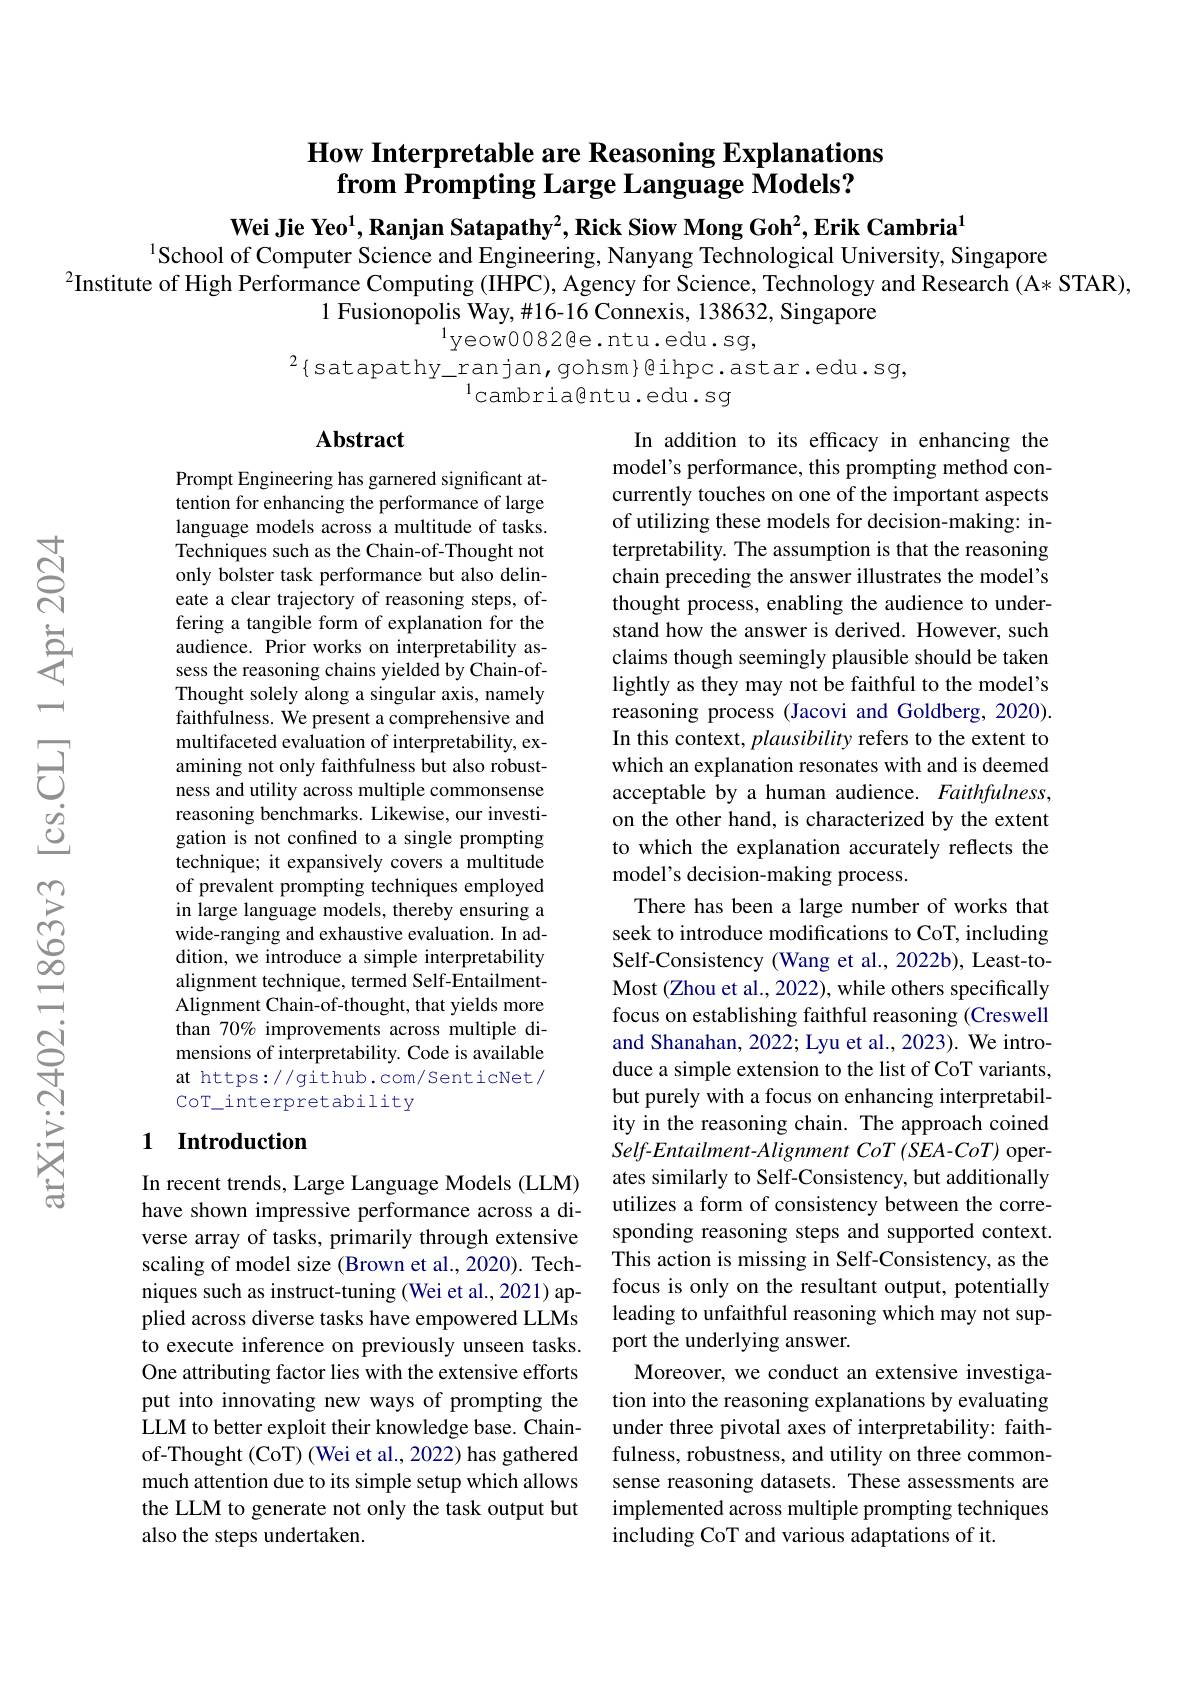
## How Interpretable are Reasoning Explanations $\dot{\textbf{from Prompting Large Language Models?}}$

Wei Jie Yeo$^1$,Ranjan Satapathy$^2$,Rick Siow Mong Goh$^2$,Erik Cambria$^1$
$^{1}$School of Computer Science and Engineering, Nanyang Technological University, Singapore
$^{2}$Institute of High Performance Computing (IIHPC), Agency for Science, Technology and Research (A* STAR),
1 Fusionopolis Way, #16 Connexis, 138632, Singapore
$^{1}$yeow0082@e.ntu.edu.sg,

$^{2}\{$satapathy\_ranjan, gohsm}@ihpc.astar.edu.sg,
$^{1}$cambria@ntu.edu.sg

## Abstract

Prompt Engineering has garnered significant attention for enhancing the performance of large language models across a multitude of tasks. Techniques such as the Chain-of-Thought not only bolster task performance but also delineate a clear trajectory of reasoning steps, offering a tangible form of explanation for the audience. Prior works on interpretability assess the reasoning chains yielded by Chain-ofThought solely along a singular axis, namely faithfulness. We present a comprehensive and multifaceted evaluation of interpretability, examining not only faithfulness but also robustness and utility across multiple commonsense reasoning benchmarks. Likewise, our investigation is not confined to a single prompting technique; it expansively covers a multitude of prevalent prompting techniques employed in large language models, thereby ensuring a wide-ranging and exhaustive evaluation. In addition, we introduce a simple interpretability alignment technique, termed Self-EntailmentAlignment Chain-of-thought, that yields more than 70% improvements across multiple dimensions of interpretability. Code is available at https://github.com/SenticNet/ CoT\_interpretability

In addition to its effcacy in enhancing the model's performance, this prompting method concurrently touches on one of the important aspects of utilizing these models for decision-making: interpretability. The assumption is that the reasoning chain preceding the answer illustrates the model's thought process, enabling the audience to understand how the answer is derived. However, such claims though seemingly plausible should be taken lightly as they may not be faithful to the model's reasoning process (Jacovi and Goldberg, 2020). In this context, plausibility refers to the extent to which an explanation resonates with and is deemed acceptable by a human audience. Faithfulness, on the other hand, is characterized by the extent to which the explanation accurately reflects the model's decision-making process.
There has been a large number of works that seek to introduce modifications to CoT, including Self-Consistency (Wang et al., 2022b), Least-toMost (Zhou et al., 2022), while others specifically focus on establishing faithful reasoning (Creswell and Shanahan, 2022; Lyu et al., 2023). We introduce a simple extension to the list of CoT variants, but purely with a focus on enhancing interpretability in the reasoning chain. The approach coined Self-Entailment-Alignment CoT (SEA-CoT) operates similarly to Self-Consistency, but additionally utilizes a form of consistency between the corresponding reasoning steps and supported context. This action is missing in Self-Consistency, as the focus is only on the resultant output, potentially leading to unfaithful reasoning which may not support the underlying answer.
Moreover, we conduct an extensive investigation into the reasoning explanations by evaluating under three pivotal axes of interpretability: faithfulness, robustness, and utility on three commonsense reasoning datasets. These assessments are implemented across multiple prompting techniques including CoT and various adaptations of it.

## 1 Introduction

In recent trends, Large Language Models (LLM) have shown impressive performance across a diverse array of tasks, primarily through extensive scaling of model size (Brown et al., 2020). Techniques such as instruct-tuning (Wei et al., 2021) applied across diverse tasks have empowered LLMs to execute inference on previously unseen tasks. One attributing factor lies with the extensive efforts put into innovating new ways of prompting the LLM to better exploit their knowledge base. Chainof-Thought (CoT) (Wei et al., 2022) has gathered much attention due to its simple setup which allows the LLM to generate not only the task output but also the steps undertaken.